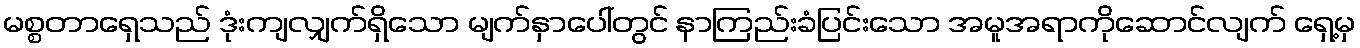
မစ္စတာရှေသည် ဒုံးကျလျှက်ရှိသော မျက်နှာပေါ်တွင် နာကြည်းခံပြင်းသော အမူအရာကိုဆောင်လျက် ရှေ့မှ